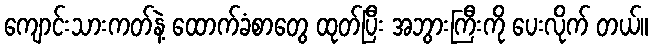
ကျောင်းသားကတ်နဲ့ ထောက်ခံစာတွေ ထုတ်ပြီး အဘွားကြီးကို ပေးလိုက် တယ်။